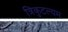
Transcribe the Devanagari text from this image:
त्रिकुटल्यम